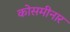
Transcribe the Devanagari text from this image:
कोसमीनार